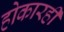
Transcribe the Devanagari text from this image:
होकारही